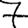
Digit: 7